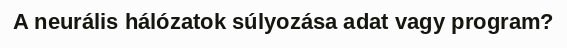
A neurális hálózatok súlyozása adat vagy program?